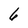
Character: 6